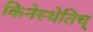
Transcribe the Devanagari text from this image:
किनेस्थेतिच्